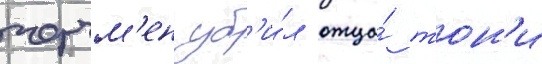
черчм'ен уб'и́л отца́ тон'и